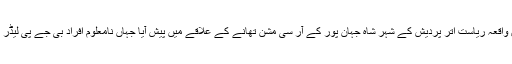
اطلاعات کے مطابق واقعہ ریاست اتر پردیش کے شہر شاہ جہان پور کے آر سی مشن تھانے کے علاقے میں پیش آیا جہاں نامعلوم افراد بی جے پی لیڈر کے گھر گھس گئے۔